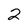
Character: 2